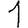
Digit: 1